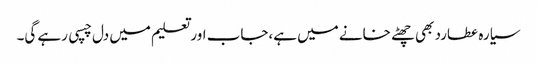
سیارہ عطارد بھی چھٹے خانے میں ہے،جاب اور تعلیم میں دل چسپی رہے گی۔